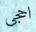
احجى